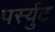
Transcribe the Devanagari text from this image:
पर्स्युट